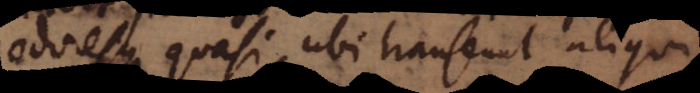
odoresque quasi ubi transeunt aliqui